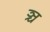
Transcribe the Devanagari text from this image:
ञ्च